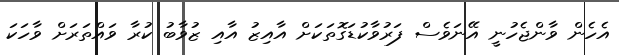
އެހެން ވާންޖެހުނީ އޭނަވެސް ފަރުވާކުޑަގޮތަކަށް އާއިޒު އާއި ޒުވާބު ކުރާ ވައްތަރަށް ވާހަކަ